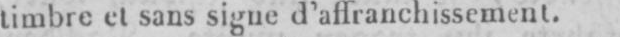
timbre et sans signe d’affranchissement.